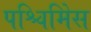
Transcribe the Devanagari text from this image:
पश्चिमिेस